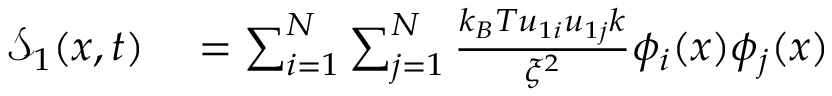
\begin{array} { r l } { \mathcal { S } _ { 1 } ( x , t ) } & { { } = \sum _ { i = 1 } ^ { N } \sum _ { j = 1 } ^ { N } \frac { k _ { B } T u _ { 1 i } u _ { 1 j } k } { \xi ^ { 2 } } \phi _ { i } ( x ) \phi _ { j } ( x ) } \end{array}